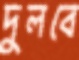
দুলবে